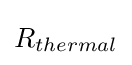
R_{thermal}